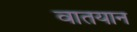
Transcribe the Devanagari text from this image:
वातयान